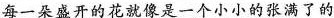
每一朵盛开的花就像是一个小小的张满了的